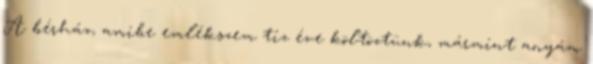
A bérház, amibe emlékszem tíz éve költöztünk, mármint anyám